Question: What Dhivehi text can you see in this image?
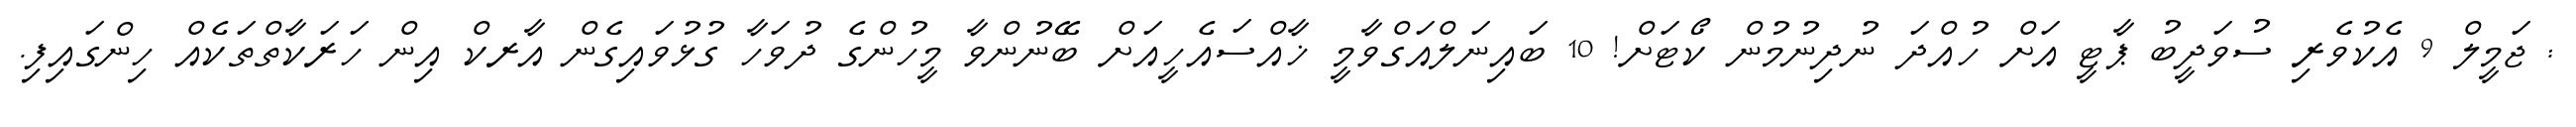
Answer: : ޖަމީލް 9 އެކުވެރި ސުވަދީބު ޕާޓީ އަށް ހުއްދަ ނުދިނުމުން ކޯޓަށް! 10 ބައިނަލްއަގްވާމީ ޚާއްސައެހީއަށް ބޭނުންވާ މީހުންގެ ދުވަހާ ގުޅުވައިގެން އާރކް އިން ހަރަކާތްތަކެއް ހިންގައިފި.